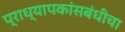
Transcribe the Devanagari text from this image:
प्राध्यापकांसबंधीचा